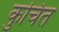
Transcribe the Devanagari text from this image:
कुचित